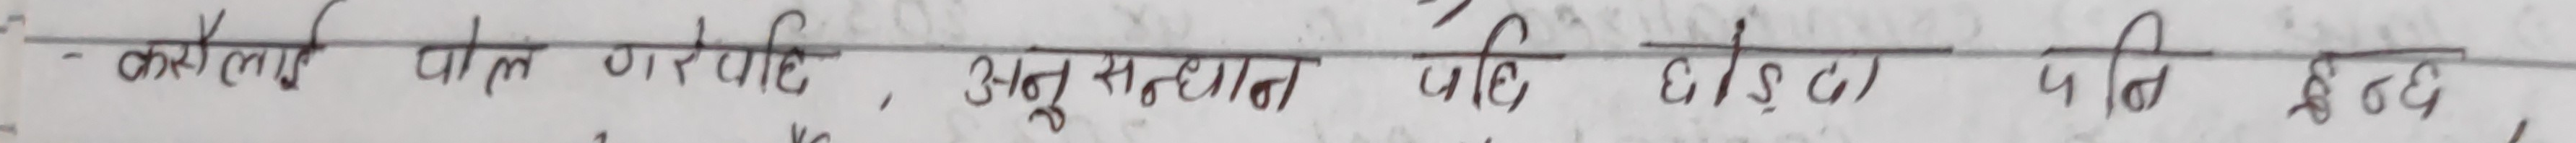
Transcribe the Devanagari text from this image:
- करणी चोल कारवाही, अनुसन्धान पछि ४०% पति ले